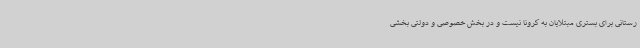
رستانی برای بستری مبتلایان به کرونا نیست و در بخش خصوصی و دولتی بخشی